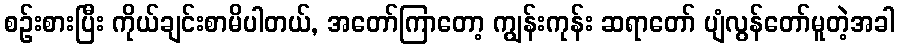
စဉ်းစားပြီး ကိုယ်ချင်းစာမိပါတယ်, အတော်ကြာတော့ ကျွန်းကုန်း ဆရာတော် ပျံလွန်တော်မူတဲ့အခါ